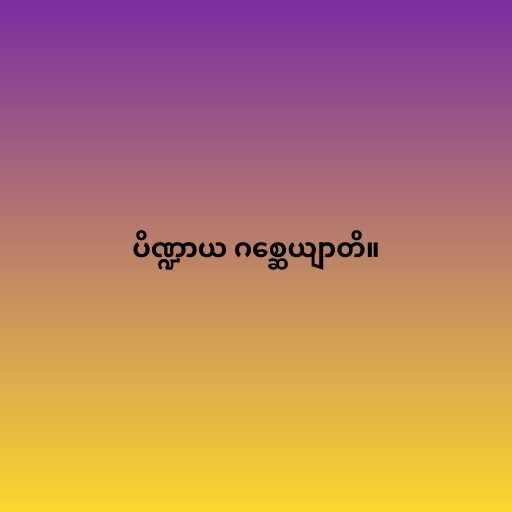
ပိဏ္ဍာယ ဂစ္ဆေယျာတိ။